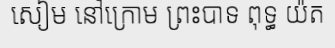
សៀម នៅក្រោម ព្រះបាទ ពុទ្ធ យ៉ត